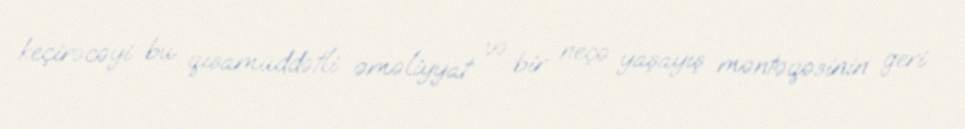
keçirəcəyi bu qısamüddətli əməliyyat və bir neçə yaşayış məntəqəsinin geri